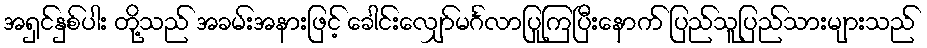
အရှင်နှစ်ပါး တို့သည် အခမ်းအနားဖြင့် ခေါင်းလျှော်မင်္ဂလာပြုကြပြီးနောက် ပြည်သူပြည်သားများသည်